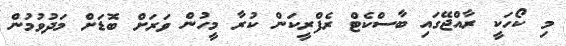
މި ކޯހަކީ ރާއްޖޭގައި ބާސްކެޓް ރެފްރީކަން ކުރާ މީހުން ވަރަށް ބޮޑަށް މަދުވުމުން